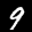
Label: 9